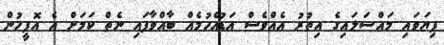
ފިޔަވައި މައްސަލައިގެ އިތުރު އެއްވެސް އަޑުއެހުމެއް ބާއްވާފައި ނެތް ކަމަށް އެ އޮފީހުން